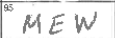
Transcription: MEW